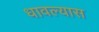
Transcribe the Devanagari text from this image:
धावल्यास